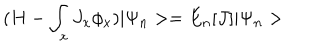
( H - \int _ { x } J _ { x } \phi _ { x } ) | \Psi _ { n } > = E _ { n } [ J ] | \Psi _ { n } >